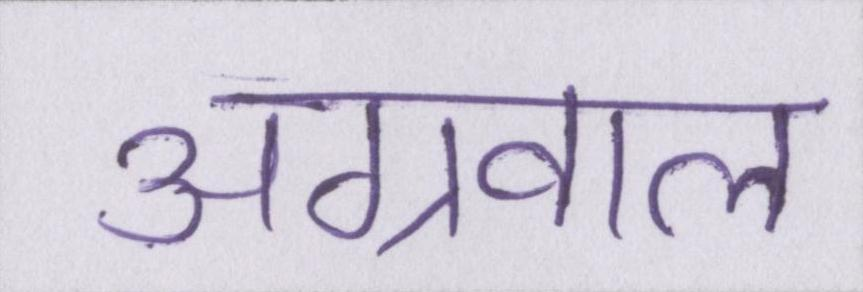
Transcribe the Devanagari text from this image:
अग्रवाल